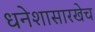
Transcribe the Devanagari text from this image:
धनेशासारखेच